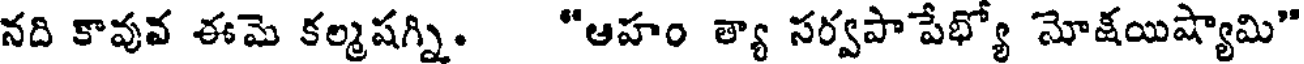
నది కావువ ఈమె కల్మషగ్ని. "ఆహం త్యా సర్వపాపేభ్యో మోక్షయిష్యామి"